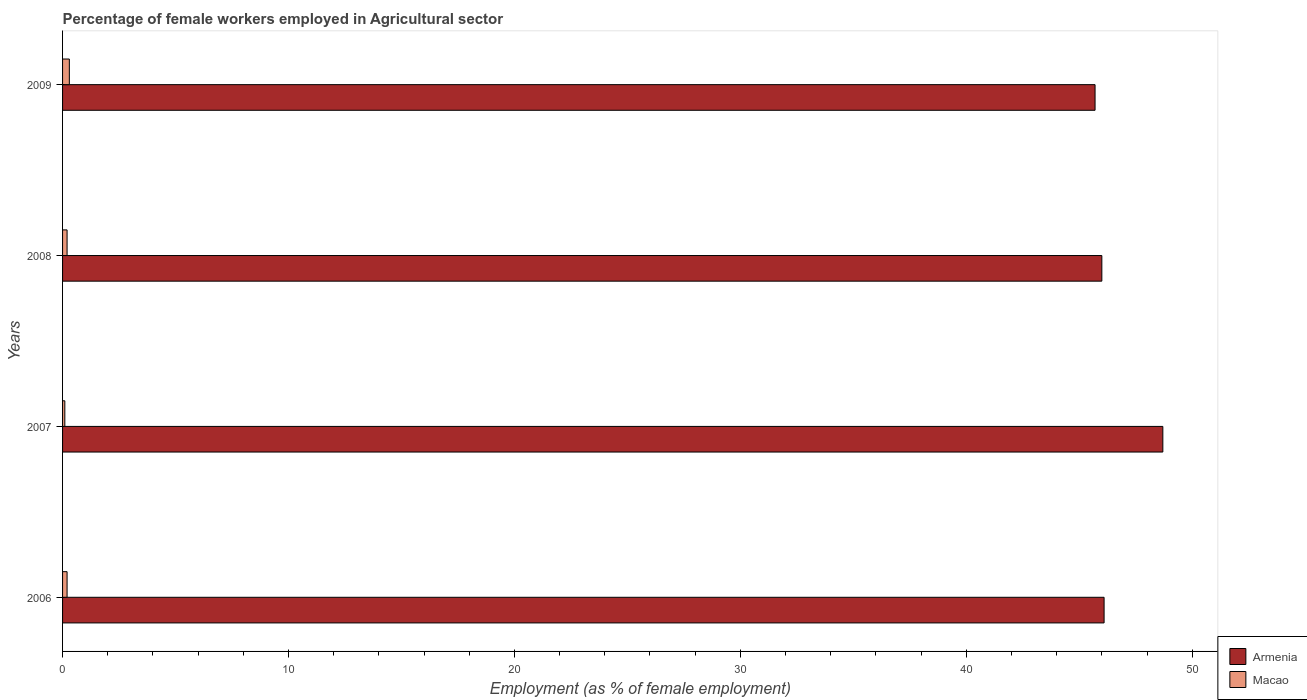
| Years | Armenia | Macao |
 | --- | --- | --- |
 | 2006 | 46.1 | 0.2 |
 | 2007 | 48.7 | 0.1 |
 | 2008 | 46 | 0.2 |
 | 2009 | 45.7 | 0.3 |